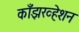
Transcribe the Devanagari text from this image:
काँझरव्हेशन